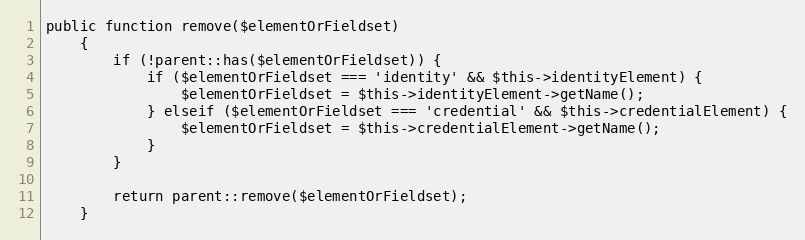
Language: PHP
public function remove($elementOrFieldset)
    {
        if (!parent::has($elementOrFieldset)) {
            if ($elementOrFieldset === 'identity' && $this->identityElement) {
                $elementOrFieldset = $this->identityElement->getName();
            } elseif ($elementOrFieldset === 'credential' && $this->credentialElement) {
                $elementOrFieldset = $this->credentialElement->getName();
            }
        }

        return parent::remove($elementOrFieldset);
    }